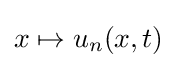
x\mapsto u_{n}(x,t)